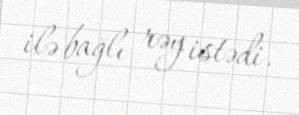
ilə bağlı rəy istədi.